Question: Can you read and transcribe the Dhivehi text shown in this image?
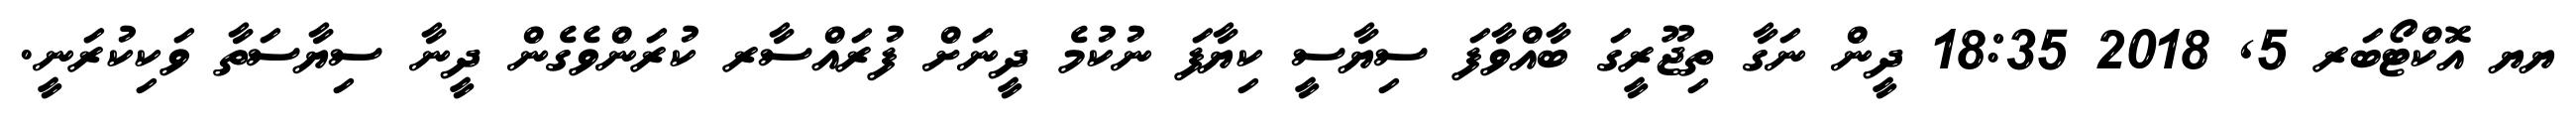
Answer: ޔޔ އޮކްޓޯބަރ 5, 2018 18:35 ދީން ނަގާ ތިޖޫރީގަ ބާއްވާފަ ސިޔާސީ ކިޔާފަ ނުކުމެ ދީނަށް ފުރައްސާރ ކުރަންވެގެން ދީނާ ސިޔާސަތާ ވަކިކުރަނީ.